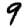
Digit: 9